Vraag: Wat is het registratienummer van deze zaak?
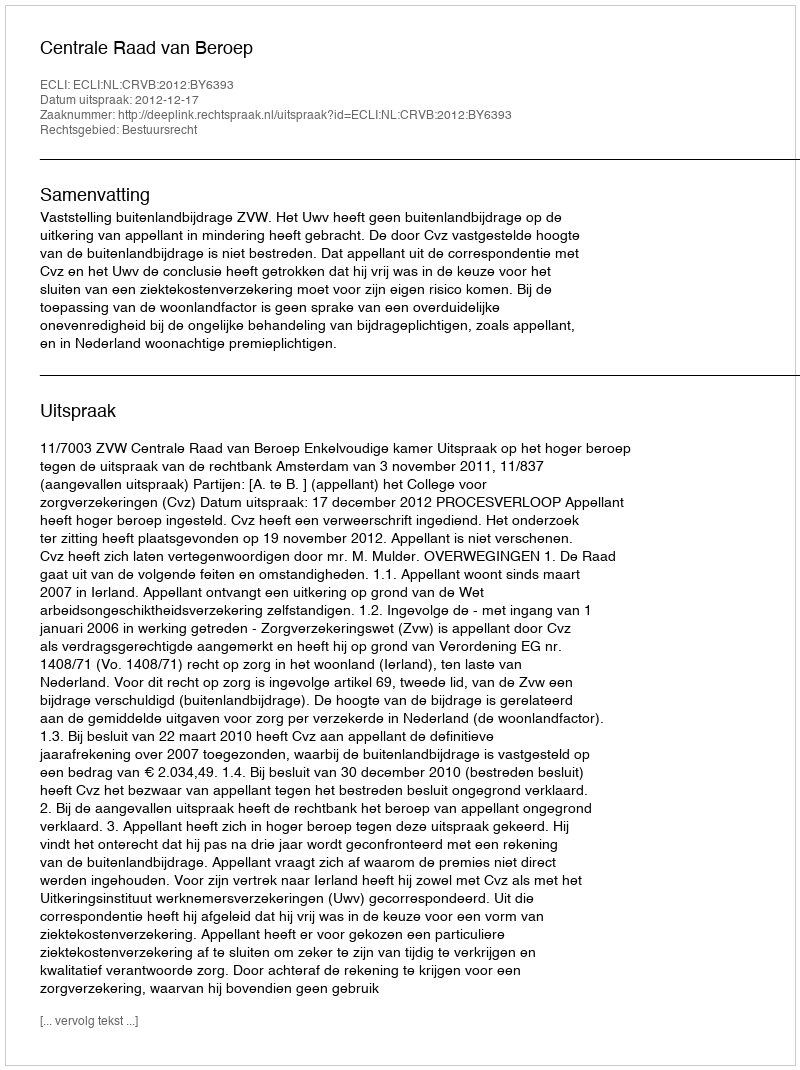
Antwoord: http://deeplink.rechtspraak.nl/uitspraak?id=ECLI:NL:CRVB:2012:BY6393